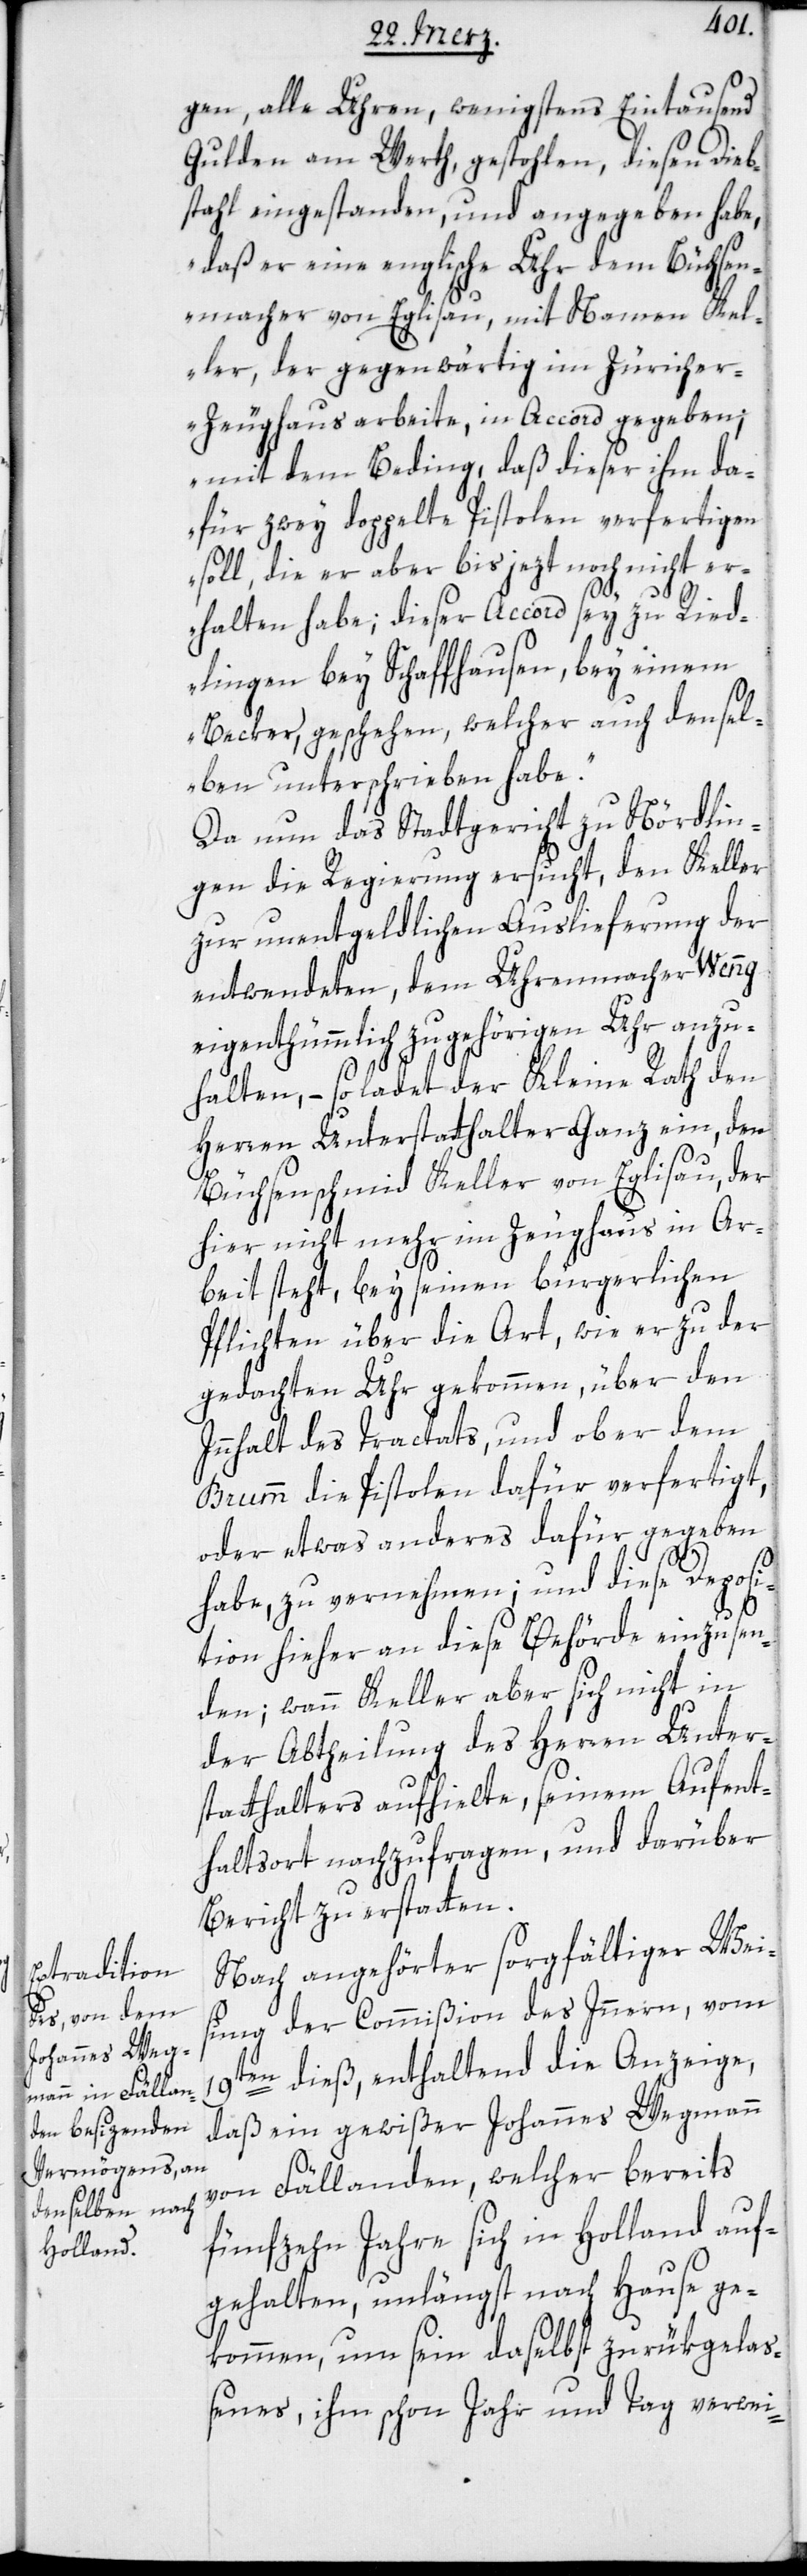
gen, alle Uhren, wenigstens Eintausend
Gulden am Werth gestohlen, diesen Dieb¬
stahl eingestanden, und angegeben habe,
„daß er eine englische Uhr dem Büchsen¬
macher von Eglisau, mit Namen Kel¬
ler, der gegenwärtig im Züriche¬
r-Zeughaus arbeite, in Accord gegeben;
mit dem Beding, daß dieser ihm da¬
für zwey doppelte Pistolen verfertigen
soll, die er aber bis jezt noch nicht er¬
halten habe; dieser Accord sey zu Ried¬
lingen bey Schaffhausen, bey einem
Becker, geschehen, welcher auch densel¬
ben unterschrieben habe“.
Da nun das Stadtgericht zu Nördlin¬
gen die Regierung ersucht, den Keller
zur unentgeldlichen Auslieferung der
entwendeten, dem Uhrenmacher Wenng
eigenthümmlich zugehörigen Uhr anzu¬
halten, – so ladet der Kleine Rath den
Herren Unterstatthalter Ganz ein, den
Büchsenschmied Keller von Eglisau, der
hier nicht mehr im Zeughaus in Ar¬
beit steht, bey seinen bürgerlichen
Pflichten über die Art, wie er zu der
gedachten Uhr gekommen, über den
Innhalt des Tractats, und ob er dem
Brumm die Pistolen dafür verfertigt,
oder etwas anderes dafür gegeben
habe, zu vernehmen; und diese Deposi¬
tion hieher an diese Behörde einzusen¬
den; wenn Keller aber sich nicht in
der Abtheilung des Herren Unter¬
statthalters aufhielte, seinem Aufent¬
haltsort nachzufragen, und darüber
Bericht zu erstatten.
Nach angehörter sorgfältiger Wei¬
sung der Commißion des Inneren, vom
19ten dieß, enthaltend die Anzeige,
daß ein gewißer Johannes Wegmann
von Fällanden, welcher bereits
fünfzehn Jahre sich in Holland auf¬
gehalten, unlängst nach Hause ge¬
kommen, um sein daselbst zurükgelaß¬
enes, ihm schon Jahr und Tag verwei-